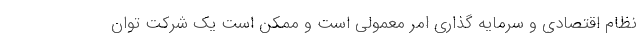
نظام اقتصادی و سرمایه گذاری امر معمولی است و ممکن است یک شرکت توان